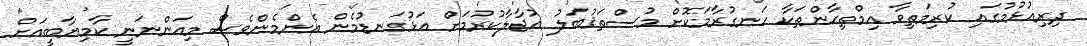
ދިރިއުޅުމުގައި ކުރިމަތިވާ އިމްތިޙާންތަކާ ހަނގުރާމަކޮށް މުސްތަޤުބަލު އުޖާލާކުރުމަށް އަޅުގަނޑުމެން އެންމެންވެސް މިއަންނަނީ ކާމިޔާބީއަށް